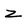
Character: z